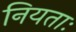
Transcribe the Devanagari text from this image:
नियताः